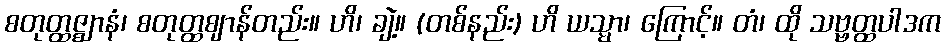
စတုတ္ထဇ္ဈာနံ၊ စတုတ္ထဈာန်တည်း။ ဟိ၊ ချဲ့။ (တစ်နည်း) ဟိ ယသ္မာ၊ ကြောင့်။ တံ၊ ထို သဗ္ဗတ္ထပါဒက